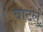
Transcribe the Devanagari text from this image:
वाटर्लु